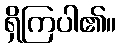
ရှိကြပါ၏။